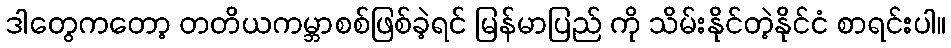
ဒါတွေကတော့ တတိယကမ္ဘာစစ်ဖြစ်ခဲ့ရင် မြန်မာပြည် ကို သိမ်းနိုင်တဲ့နိုင်ငံ စာရင်းပါ။